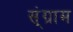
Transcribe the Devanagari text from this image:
स्ंग्राम